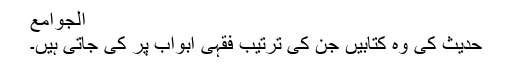
الجوامع
حدیث کی وہ کتابیں جن کی ترتیب فقہی ابواب پر کی جاتی ہیں۔